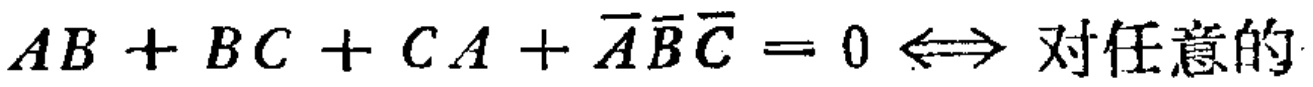
$AB + BC + CA + \overline{A}\overline{B}\overline{C}=0 \Leftrightarrow 对任意的$